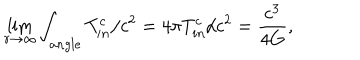
LaTeX: \lim _ { r \rightarrow \infty } \int _ { a n g l e } T _ { i n } ^ { c } / c ^ { 2 } = 4 \pi T _ { i n } ^ { c } / c ^ { 2 } = \frac { c ^ { 3 } } { 4 G } ,